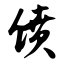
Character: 偾